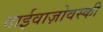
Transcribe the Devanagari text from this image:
गाईवाज़ोवस्की